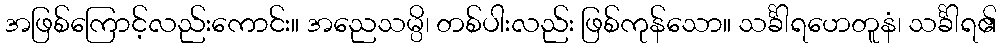
အဖြစ်ကြောင့်လည်းကောင်း။ အညေသမ္ပိ၊ တစ်ပါးလည်း ဖြစ်ကုန်သော။ သင်္ခါရဟေတူနံ၊ သင်္ခါရ၏